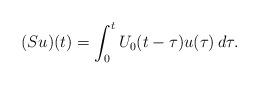
LaTeX: \begin{align*}(Su)(t)=\int_0^tU_{0}(t-\tau)u(\tau)\,d\tau.\end{align*}